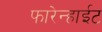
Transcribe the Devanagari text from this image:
फारेन्हाईट